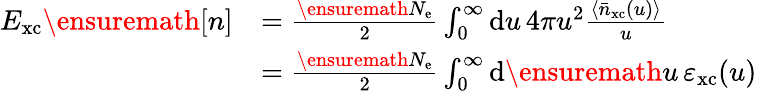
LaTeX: \begin{array}{rl}{E_{\mathrm{xc}}\ensuremath{[n]}}&{=\frac{\ensuremath{N_{\mathrm{e}}}}{2}\int_{0}^{\infty}\mathrm{d}u\, 4\pi u^{2}\frac{\langle\bar{n}_{\mathrm{xc}}(u)\rangle}{u}}\\ &{=\frac{\ensuremath{N_{\mathrm{e}}}}{2}\int_{0}^{\infty}\mathrm{d}\ensuremath{u}\, \varepsilon_{\mathrm{xc}}(u)}\end{array}